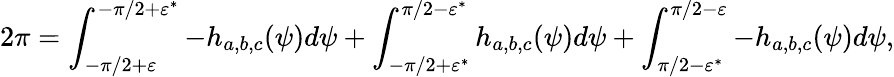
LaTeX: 2\pi=\int_{-\pi/2+\varepsilon}^{-\pi/2+\varepsilon^{*}}-h_{a,b,c}(\psi)d\psi+\int_{-\pi/2+\varepsilon^{*}}^{\pi/2-\varepsilon^{*}}h_{a,b,c}(\psi)d\psi+\int_{\pi/2-\varepsilon^{*}}^{\pi/2-\varepsilon}-h_{a,b,c}(\psi)d\psi,